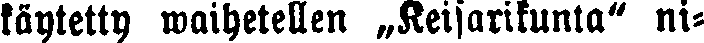
käytetty waihetellen „Keisarikunta" ni-